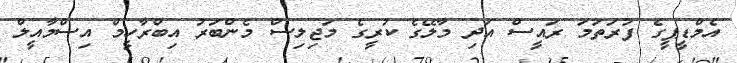
އެމްޑީޕީގެ ފުރަތަމަ ރައީސް އަދި މާލޭގެ ކުރީގެ މަޖިލިސް މެންބަރު އިބްރާހީމް އިސްމާއީލް